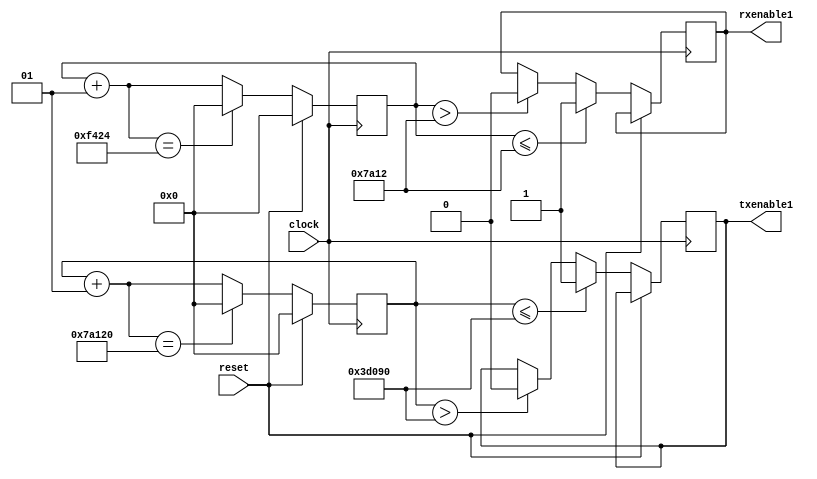
module frequencyDivider #(
	parameter frequencyClock=50000000,
	parameter baudRate=100
)(
	input clock,
	input reset,
	output txenable1,					//output transmitter enable signal
	output rxenable1					//output receiver enable signal
);
integer txCountMax=(frequencyClock/baudRate);
integer rxCountMax;
reg txDividedClock;		//enable signal for transmitter
reg rxDividedClock;		//enable signal for receiver
//frequency of receiver enable signal is 8 times the frequency of transmitter enable signal
initial begin
	rxCountMax=(txCountMax/8);	
end
assign txenable1=txDividedClock;
assign rxenable1=rxDividedClock;
integer txCount;
integer rxCount;						

initial begin
	txCount=0;
	rxCount=0;
end
//number of positive edges of clock are counted and 
//enable signals are set according to count values
always @ (posedge clock) begin
	if(reset) begin
		txCount=0;
		rxCount=0;
	end
	else begin
		if(txCount<=(txCountMax/2)) begin
			txDividedClock=1'b1;
		end
		else if(txCount>(txCountMax/2)) begin
			txDividedClock=1'b0;
		end
		txCount=txCount+1;
		if(txCount==txCountMax) begin
			txCount=0;
		end
		if(rxCount<=(rxCountMax/2)) begin
			rxDividedClock=1'b1;
		end
		else if(rxCount>(rxCountMax/2)) begin
			rxDividedClock=1'b0;
		end
		rxCount=rxCount+1;
		if(rxCount==rxCountMax) begin
			rxCount=0;
		end
	end
end

endmodule